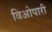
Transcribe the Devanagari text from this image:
विओपारी